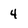
Character: 4